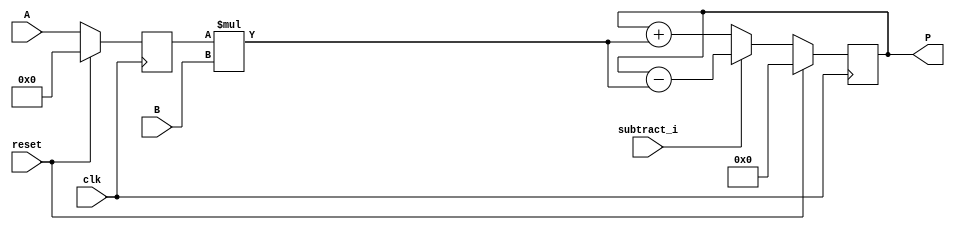
module reg_and_not_reg_input_mul_with_accum (clk, reset, subtract_i, A, B, P);
	input clk, reset, subtract_i;
	input signed [19:0] A;
	input signed [17:0] B;
	output signed [37:0] P;
	reg signed [19:0] i1;
	reg signed [37:0] mul, add_or_sub;
	always @(posedge clk) begin
		if(reset == 1) begin
			i1 <= 0;
		end
		else begin
			i1 <= A;
		end
	end

	always @ (*)  begin
		mul  = i1 * B;
	end
	
	always @(posedge clk)  begin
		if(reset == 1) begin
			add_or_sub <= 0;
		end
		else if (subtract_i)
			add_or_sub <= P - mul;
		else
			add_or_sub <= P + mul;
	end

	assign P = add_or_sub;
	
endmodule